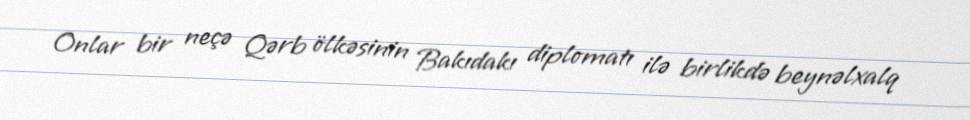
Onlar bir neçə Qərb ölkəsinin Bakıdakı diplomatı ilə birlikdə beynəlxalq